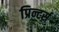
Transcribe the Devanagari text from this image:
प्रिन्टर्स